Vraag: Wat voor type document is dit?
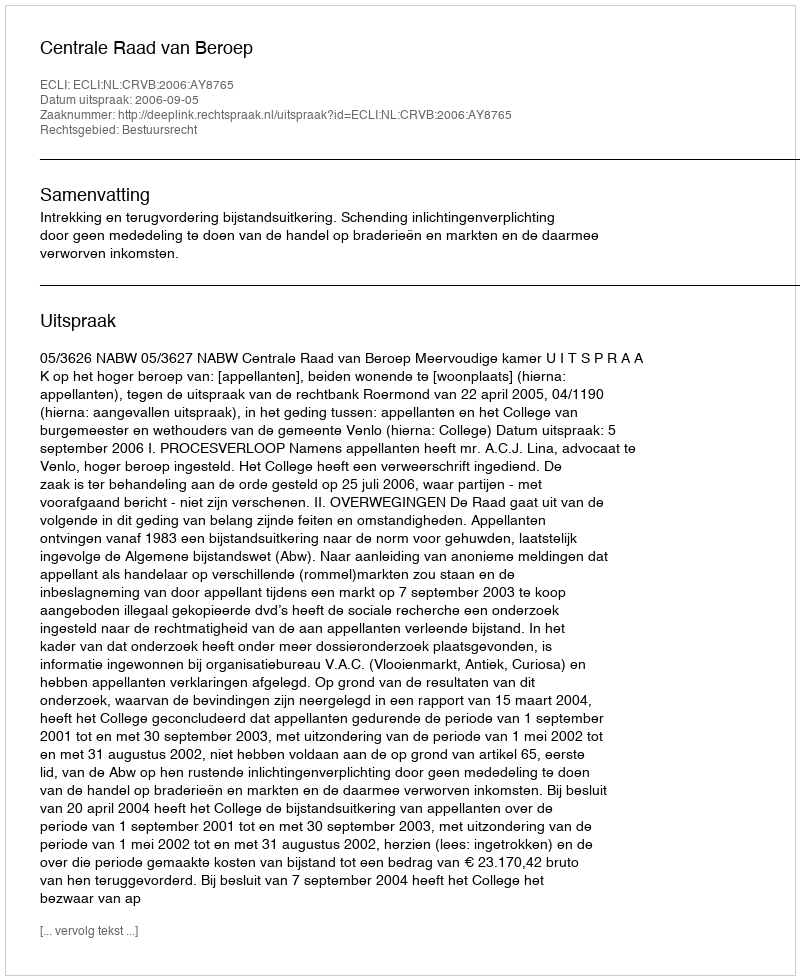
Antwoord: Uitspraak